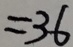
= 3 6